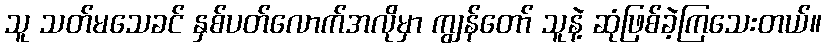
သူ သတ်မသေခင် နှစ်ပတ်လောက်အလိုမှာ ကျွန်တော် သူနဲ့ ဆုံဖြစ်ခဲ့ကြသေးတယ်။